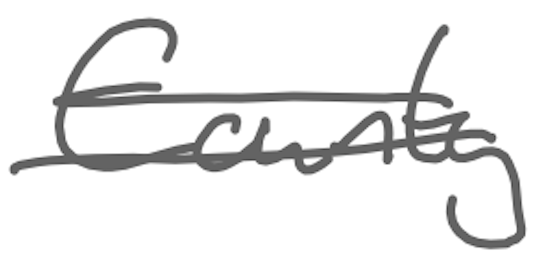
Text: County
Cross-out: mix
Writing tool: digital_gray